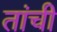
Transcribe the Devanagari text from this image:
तांची